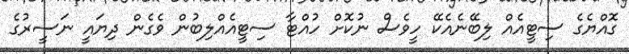
ގޮއްޔެގެ ސިޓީއެއް ލިބޭނެއެކޭ ހީވެސް ނުކޮށް ހުއްޓާ ސިޓީއެއްލިބުން ވެގެން ދިޔައީ ނަސީރުގެ